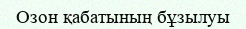
Озон қабатының бұзылуы